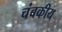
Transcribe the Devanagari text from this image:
चंबकीय